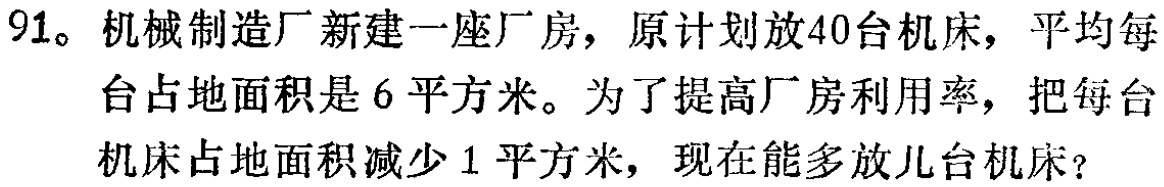
91。机械制造厂新建一座厂房，原计划放40台机床，平均每台占地面积是6平方米。为了提高厂房利用率，把每台机床占地面积减少1平方米，现在能多放几台机床？